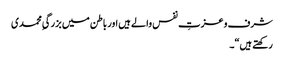
شرف و عزتِ نفس والے ہیں اور باطن میں بزرگیِ محمدی
رکھتے ہیں“۔